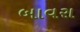
બાવરા